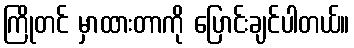
ကြိုတင် မှာထားတာကို ပြောင်းချင်ပါတယ်။